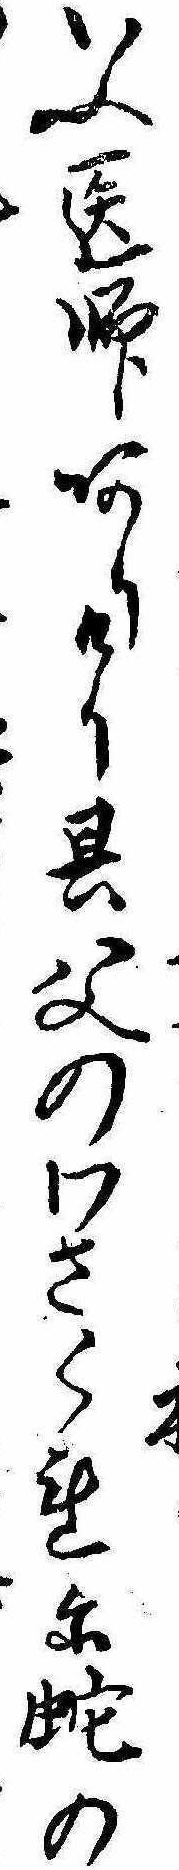
いふ医師ありけり其父のわさくれに蛇の